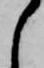
し